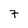
Character: 7